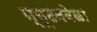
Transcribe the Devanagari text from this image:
न्यूटनवेळा